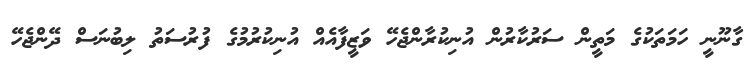
ގާނޫނީ ހަމަތަކުގެ މަތީން ސަރުކާރުން އުނިކުރާންޖެހޭ ވަޒީފާއެއް އުނިކުރުމުގެ ފުރުސަތު ލިބުނަސް ދޭންޖެހޭ